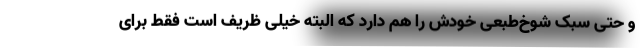
و حتی سبک شوخ‌طبعی خودش را هم دارد که البته خیلی ظریف است فقط برای